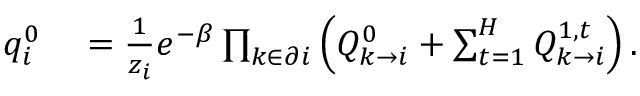
\begin{array} { r l } { q _ { i } ^ { 0 } } & { { } = \frac { 1 } { z _ { i } } e ^ { - \beta } \prod _ { k \in \partial i } \left( Q _ { k \rightarrow i } ^ { 0 } + \sum _ { t = 1 } ^ { H } Q _ { k \rightarrow i } ^ { 1 , t } \right) . } \end{array}